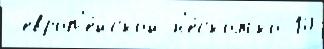
 европ'е́йской н'е́сколько 10